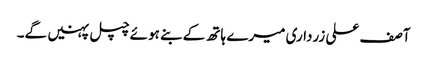
آصف علی زرداری میرے ہاتھ کے بنے ہوئے چپل پہنیں گے۔